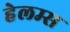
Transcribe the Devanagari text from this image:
हेलम्स